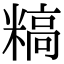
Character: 𬖰